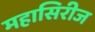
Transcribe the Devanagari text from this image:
महासिरीज